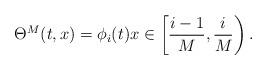
LaTeX: \begin{align*} \Theta^M(t,x) = \phi_i(t)x\in \left[\frac{i-1}M, \frac iM\right).\end{align*}